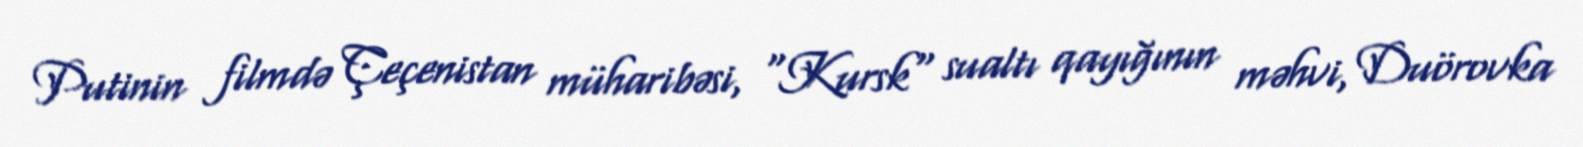
Putinin filmdə Çeçenistan müharibəsi, "Kursk" sualtı qayığının məhvi, Duörovka